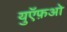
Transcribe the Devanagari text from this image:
युऍफ़ओ